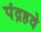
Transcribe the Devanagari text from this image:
पंद्रहवे